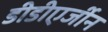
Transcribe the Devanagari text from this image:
डीडीएर्जीन